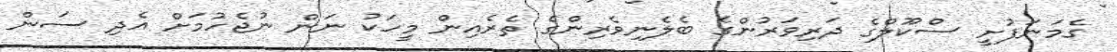
ގެމަނަފުށީ ސްކޫލްގެ ދަރިވަރުންގެ ބެލެނިވެރިންގެ ތެރެއިން މީހަކު ނަން ނުޖެހުމަށް އެދި ސަން